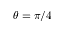
\theta = \pi / 4